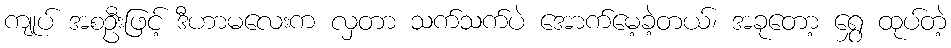
ကျုပ် အစဦးဖြင့် ဒီဟာမလေးက လှတာ သက်သက်ပဲ အောက်မေ့ခဲ့တယ်၊ အခုတော့ ရွှေ ထုပ်တဲ့